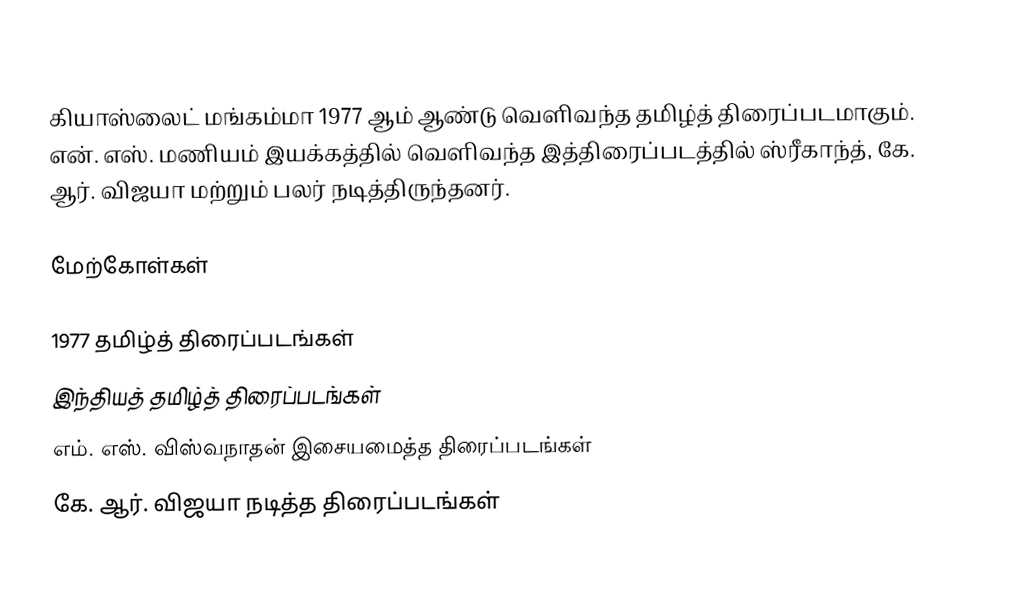
கியாஸ்லைட் மங்கம்மா 1977 ஆம் ஆண்டு வெளிவந்த தமிழ்த் திரைப்படமாகும். என். எஸ். மணியம் இயக்கத்தில் வெளிவந்த இத்திரைப்படத்தில் ஸ்ரீகாந்த், கே. ஆர். விஜயா மற்றும் பலர் நடித்திருந்தனர்.

மேற்கோள்கள்

1977 தமிழ்த் திரைப்படங்கள்
இந்தியத் தமிழ்த் திரைப்படங்கள்
எம். எஸ். விஸ்வநாதன் இசையமைத்த திரைப்படங்கள்
கே. ஆர். விஜயா நடித்த திரைப்படங்கள்